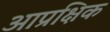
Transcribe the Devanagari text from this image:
आप्रक्षिक